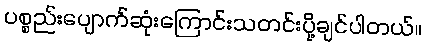
ပစ္စည်းပျောက်ဆုံးကြောင်းသတင်းပို့ချင်ပါတယ်။